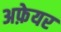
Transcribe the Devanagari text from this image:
अफ़ेयर